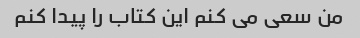
من سعی می کنم این کتاب را پیدا کنم